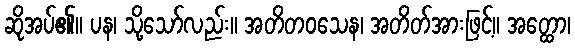
ဆိုအပ်၏။ ပန၊ သို့သော်လည်း။ အတိတဝသေန၊ အတိတ်အားဖြင့်။ အတ္ထော၊